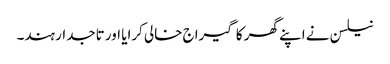
نیلسن نے اپنے گھر کا گیراج خالی کرایا اور تاجدار ہند۔